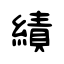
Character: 績